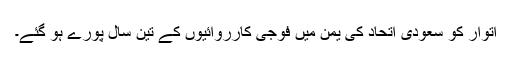
اتوار کو سعودی اتحاد کی یمن میں فوجی کارروائیوں کے تین سال پورے ہو گئے۔